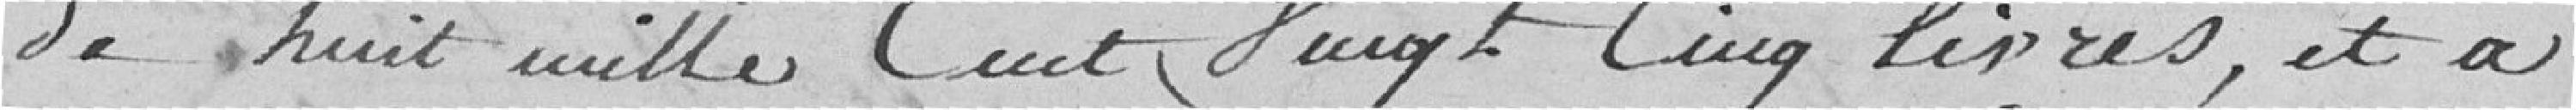
De huit mille cent vingt cing livres, et a